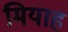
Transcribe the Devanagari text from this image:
मियाह